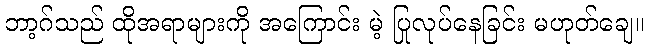
ဘာ့ဂ်သည် ထိုအရာများကို အကြောင်း မဲ့ ပြုလုပ်နေခြင်း မဟုတ်ချေ။